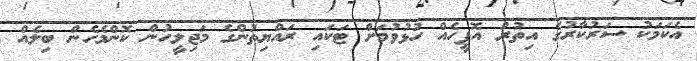
އެކަމަކު ސަރުކާރުގެ އިތުރު އޮފީހެއް ހުޅުވުމަށް ޓަކައި ރައްޔިތުންގެ މަޖިލީހުން ކޮންމެހެން ބިލެއް